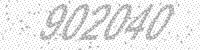
Solution: 902040